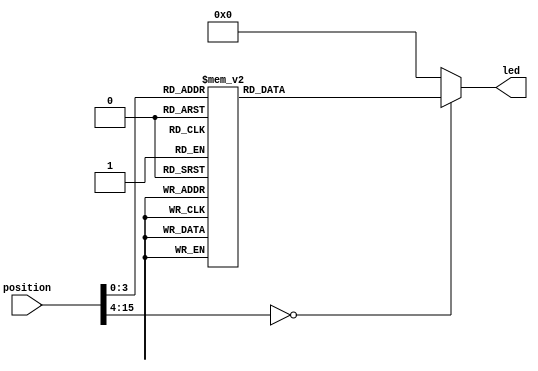
/*
   This file was generated automatically by the Mojo IDE version B1.3.6.
   Do not edit this file directly. Instead edit the original Lucid source.
   This is a temporary file and any changes made to it will be destroyed.
*/

module motherposled_11 (
    input [15:0] position,
    output reg [7:0] led
  );
  
  
  
  always @* begin
    
    case (position)
      1'h0: begin
        led = 8'h01;
      end
      1'h1: begin
        led = 8'h02;
      end
      2'h2: begin
        led = 8'h04;
      end
      2'h3: begin
        led = 8'h08;
      end
      3'h4: begin
        led = 8'h10;
      end
      3'h5: begin
        led = 8'h20;
      end
      3'h6: begin
        led = 8'h40;
      end
      3'h7: begin
        led = 8'h80;
      end
      4'h8: begin
        led = 8'hff;
      end
      default: begin
        led = 8'h00;
      end
    endcase
  end
endmodule